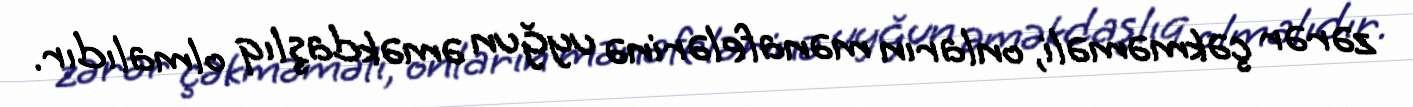
zərər çəkməməli, onların mənafelərinə uyğun əməkdaşlıq olmalıdır.